Civil Veterinary Dept. Bombay admin report 1907-1913 - 1907-1913
Year: 1907
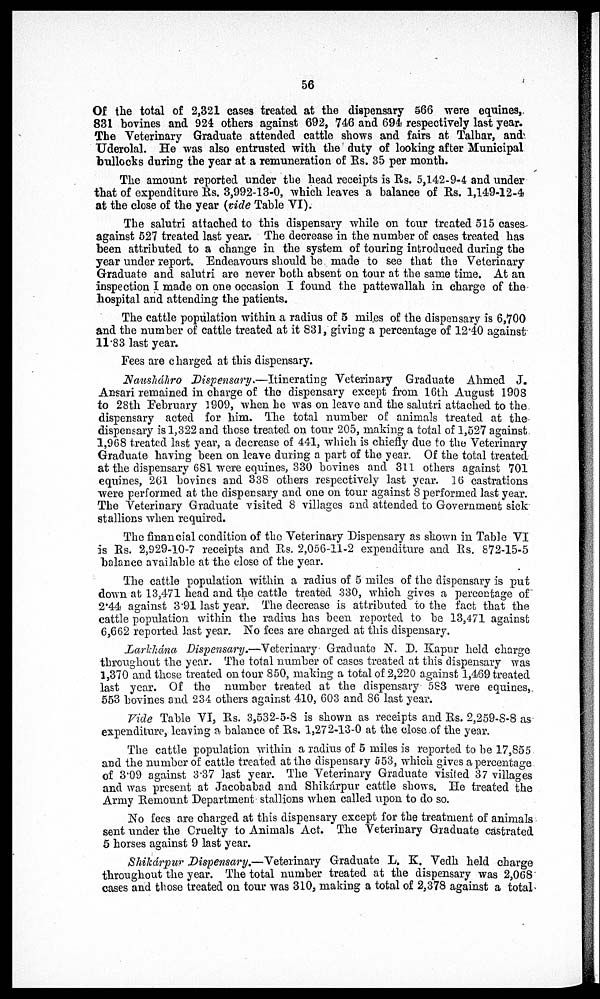
56
Of the total of 2,321 cases treated at the dispensary 566 were equines,
831 bovines and 924 others against 692, 746 and 694 respectively last year.
The Veterinary Graduate attended cattle shows and fairs at Talhar, and
Uderolal. He was also entrusted with the duty of looking after Municipal
bullocks during the year at a remuneration of Rs. 35 per month.
The amount reported under the head receipts is Rs. 5,142-9-4 and under
that of expenditure Rs. 3,992-13-0, which leaves a balance of Rs. 1,149-12-4
at the close of the year (vide Table VI).
The salutri attached to this dispensary while on tour treated 515 cases
against 527 treated last year. The decrease in the number of cases treated has
been attributed to a change in the system of touring introduced during the
year under report. Endeavours should be made to see that the Veterinary
Graduate and salutri are never both absent on tour at the same time. At an
inspection I made on one occasion I found the pattewallah in charge of the
hospital and attending the patients.
The cattle population within a radius of 5 miles of the dispensary is 6,700
and the number of cattle treated at it 831, giving a percentage of 12.40 against
11.83 last year.
Fees are charged at this dispensary.
Nausháhro Dispensary.—Itinerating
Veterinary Graduate Ahmed J.
Ansari remained in charge of the dispensary except from 16th August 1908
to 28th February 1909, when he was on leave and the salutri attached to the
dispensary acted for him. The total number of animals treated at the
dispensary is 1,322 and those treated on tour 205, making a total of 1,527 against
1,968 treated last year, a decrease of 441, which is chiefly due to the Veterinary
Graduate having been on leave during a part of the year. Of the total treated
at the dispensary 681 were equines, 330 bovines and 311 others against 701
equines, 261 bovines and 338 others respectively last year. 16 castrations
were performed at the dispensary and one on tour against 8 performed last year.
The Veterinary Graduate visited 8 villages and attended to Government sick
stallions when required.
The financial condition of the Veterinary Dispensary as shown in Table VI
is Rs. 2,929-10-7 receipts and Rs. 2,056-11-2 expenditure and Rs. 872-15-5
balance available at the close of the year.
The cattle population within a radius of 5 miles of the dispensary is put
down at 13,471 head and the cattle treated 330, which gives a percentage of
2.44 against 3.91 last year. The decrease is attributed to the fact that the
cattle population within the radius has been reported to be 13,471 against
6,662 reported last year. No fees are charged at this dispensary.
Larkhána Dispensary.—Veterinary Graduate N. D. Kapur held charge
throughout the year. The total number of cases treated at this dispensary was
1,370 and those treated on tour 850, making a total of 2,220 against 1,469 treated
last year. Of the number treated at the dispensary 583 were equines,
553 bovines and 234 others against 410, 603 and 86 last year.
Vide Table VI, Rs. 3,532-5-8 is shown as receipts and Rs. 2,259-8-8 as
expenditure, leaving a balance of Rs. 1,272-13-0 at the close of the year.
The cattle population within a radius of 5 miles is reported to be 17,855
and the number of cattle treated at the dispensary 553, which gives a percentage
of 3.09 against 3.37 last year. The Veterinary Graduate visited 37 villages
and was present at Jacobabad and Shikárpur cattle shows. He treated the
Army Remount Department stallions when called upon to do so.
No fees are charged at this dispensary except for the treatment of animals
sent under the Cruelty to Animals Act. The Veterinary Graduate castrated
5 horses against 9 last year.
Shikárpur Dispensary.—Veterinary Graduate L. K. Vedh held charge
throughout the year. The total number treated at the dispensary was 2,068
cases and those treated on tour was 310, making a total of 2,378 against a total